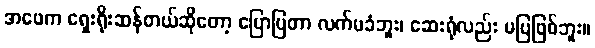
အဖေက ရှေးရိုးဆန်တယ်ဆိုတော့ ပြောပြတာ လက်မခံဘူး၊ ဆေးရုံလည်း မပြဖြစ်ဘူး။